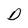
Character: D